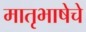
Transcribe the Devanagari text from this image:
मातृभाषेचे